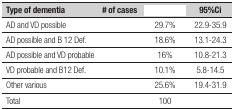
<table><thead><tr><td><b>Type of dementia </b></td><td><b># of cases </b></td><td>[EMPTY_CELL]</td><td><b>95%Ci </b></td></tr></thead><tbody><tr><td>AD and VD possible</td><td>[EMPTY_CELL]</td><td>29.7%</td><td>22.9-35.9</td></tr><tr><td>AD possible and B 12 Def.</td><td>[EMPTY_CELL]</td><td>18.6%</td><td>13.1-24.3</td></tr><tr><td>AD possible and VD probable</td><td>[EMPTY_CELL]</td><td>16%</td><td>10.8-21.3</td></tr><tr><td>VD probable and B12 Def.</td><td>[EMPTY_CELL]</td><td>10.1%</td><td>5.8-14.5</td></tr><tr><td>Other various</td><td>[EMPTY_CELL]</td><td>25.6%</td><td>19.4-31.9</td></tr><tr><td>Total</td><td>[EMPTY_CELL]</td><td>100</td><td>[EMPTY_CELL]</td></tr></tbody></table>